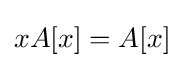
xA[x]=A[x]